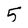
Character: 5